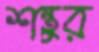
শন্তুর